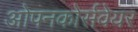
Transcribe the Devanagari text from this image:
ओपनकोर्सवेयर